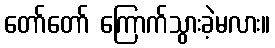
တော်တော် ကြောက်သွားခဲ့မလား။